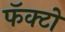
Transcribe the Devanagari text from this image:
फॅक्टो